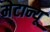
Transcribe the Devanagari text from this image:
मेटान्यू